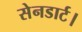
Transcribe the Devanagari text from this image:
सेनडार्ट।